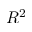
R ^ { 2 }